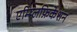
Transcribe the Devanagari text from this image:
एम्प्लिफ़िकेशन